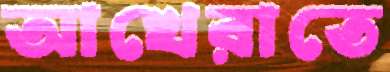
আখেরাতে